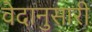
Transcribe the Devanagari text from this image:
वेदानुसारी